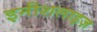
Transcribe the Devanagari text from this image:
इनीशलाइज़